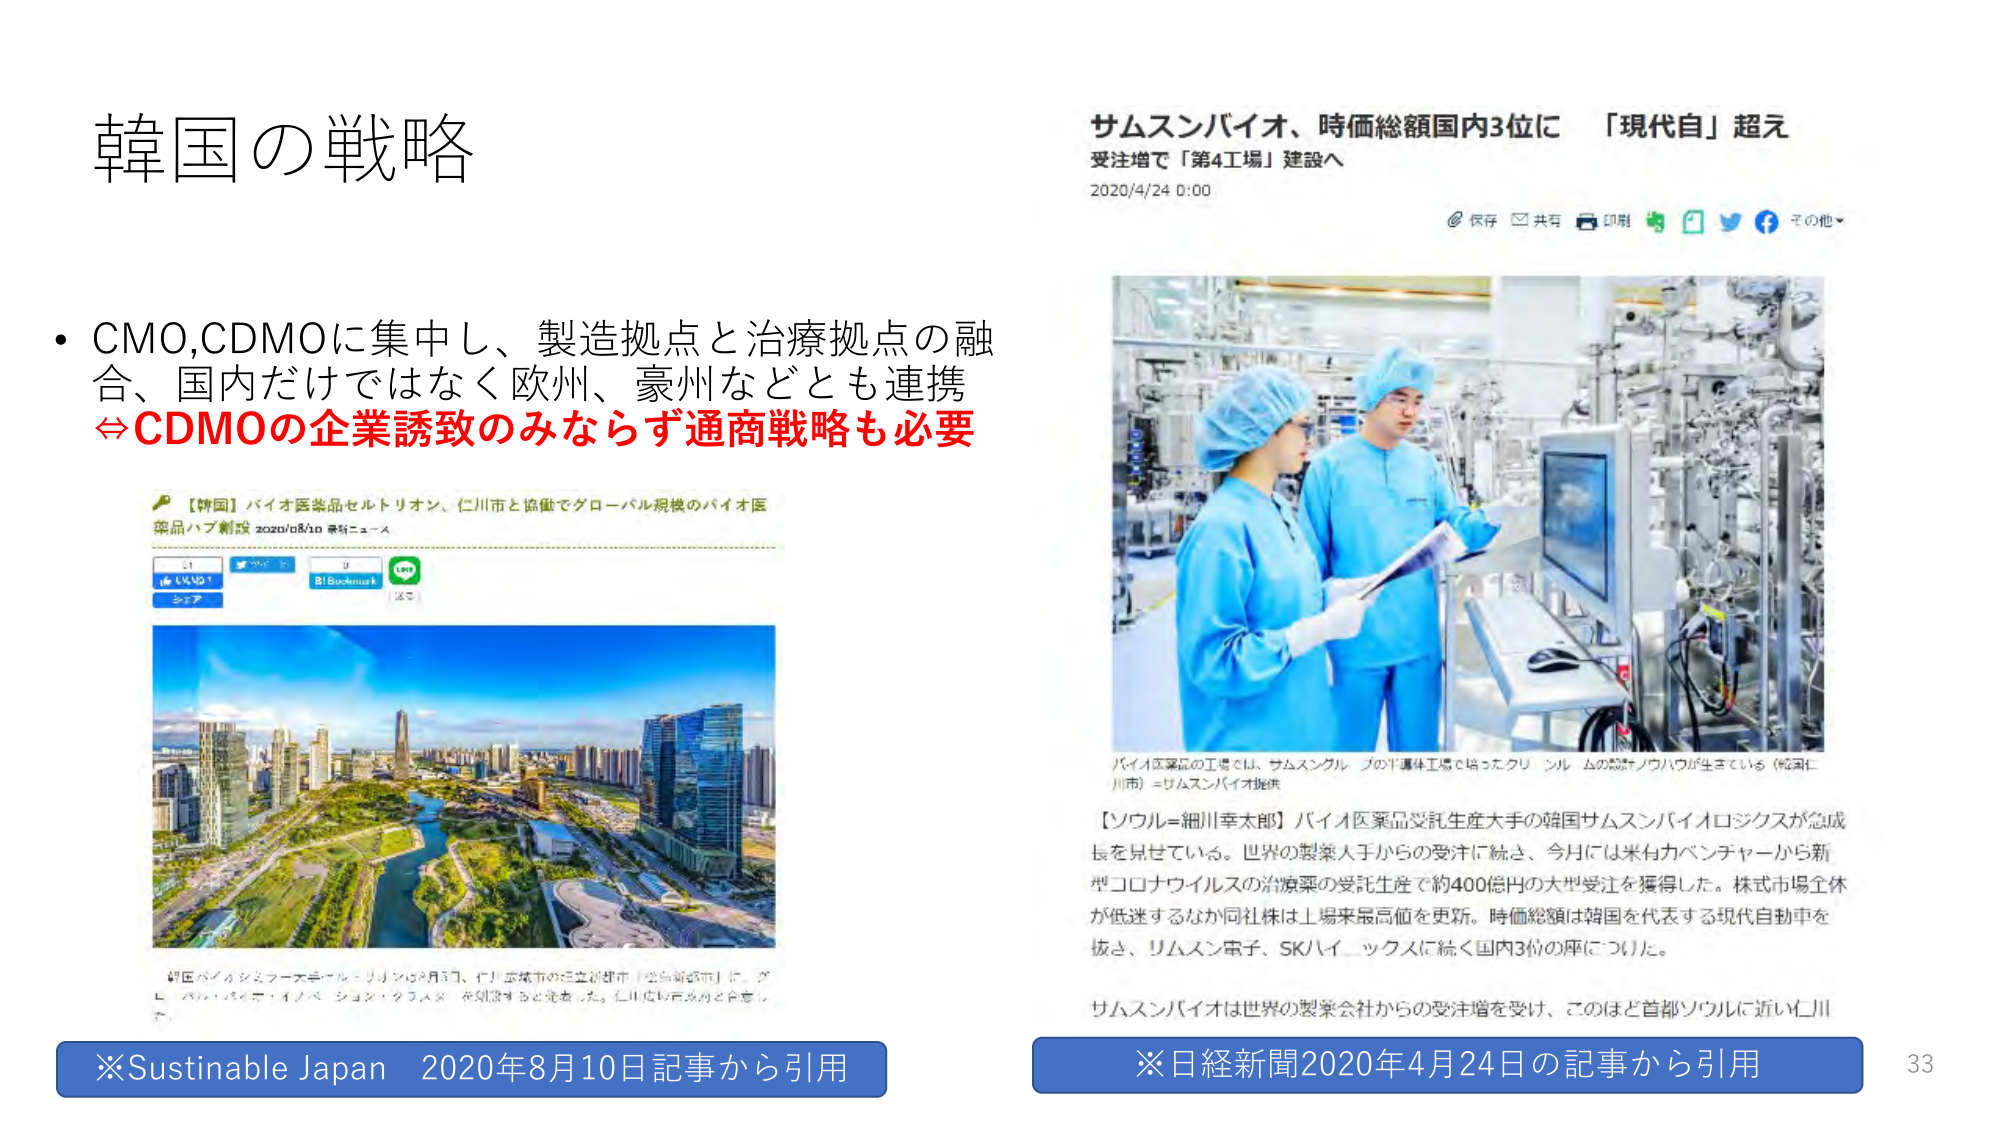
韓国の戦略

• CMO,CDMOに集中し、製造拠点と治療拠点の融合、国内だけではなく欧州、豪州などとも連携
⇔CDMOの企業誘致のみならず通商戦略も必要

【韓国】バイオ医薬品セルトリオン、仁川市と協働でグローバル規模のバイオ医薬品ハブ創設 2020/08/10 最新ニュース

BI Benchmark

※Sustainable Japan 2020年8月10日記事から引用

サムスンバイオ、時価総額国内3位に 「現代自」超え
受注増で「第4工場」建設へ
2020/4/24 0:00

保存 共有 印刷 その他

バイオ医薬品の工場では、サムスングループの半導体工場で培ったクリーンルームの設計ノウハウが生きている（韓国仁川市）＝サムスンバイオ提供

【ソウル＝細川幸太郎】バイオ医薬品受託生産大手の韓国サムスンバイオロジクスが急成長を見せている。世界の製薬大手からの受注に続き、今月には米有力ベンチャーから新型コロナウイルスの治療薬の受託生産で約400億円の大型受注を獲得した。株式市場全体が低迷するなか同社株は上場来最高値を更新。時価総額は韓国を代表する現代自動車を抜き、リムスン電子、SKハイテックスに続く国内3位の座についた。

サムスンバイオは世界の製薬会社からの受注増を受け、このほど首都ソウルに近い仁川

※日経新聞2020年4月24日の記事から引用

33